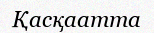
Қасқаатта